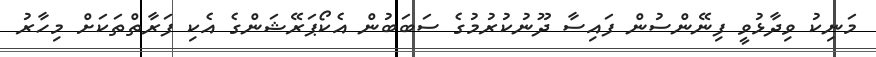
މަނިކު ވިދާޅުވީ ފިނޭންސުން ފައިސާ ދޫނުކުރުމުގެ ސަބަބުން އެކޯޕަރޭޝަންގެ އެކި ފަރާތްތަކަށް މިހާރު